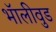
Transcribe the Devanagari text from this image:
भॅालीवुड